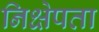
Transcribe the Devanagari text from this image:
निक्षेपता